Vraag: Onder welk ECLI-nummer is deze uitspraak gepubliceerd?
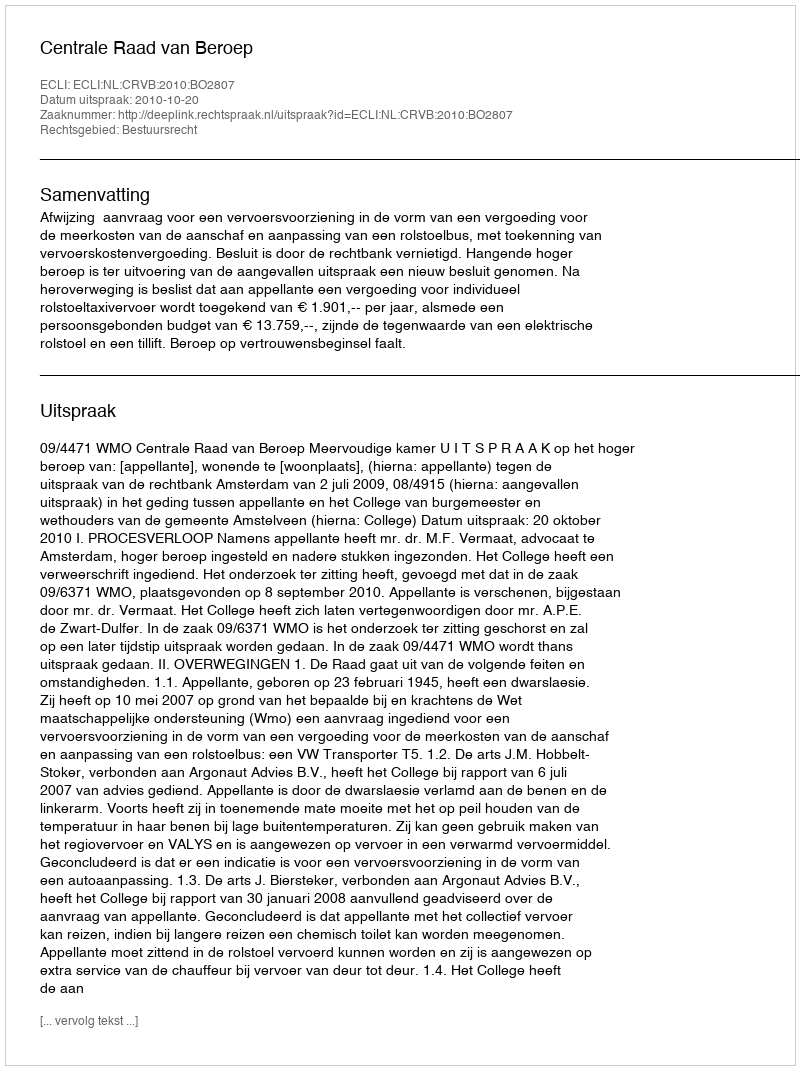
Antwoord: ECLI:NL:CRVB:2010:BO2807